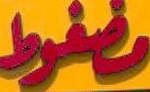
مضغوط